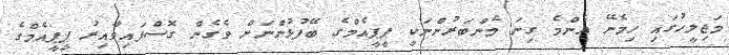
މަޖިލީހުގައި ހިމެނޭ އެންމެ ގިނަ މެންބަރުންނަކީ ޕީޕީއެމްގެ ބޭފުޅުންނަށް ވެގެން ގޮސްފައިވާއިރު ޕީޕީއެމްގެ